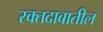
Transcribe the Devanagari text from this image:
रक्तदाबातील